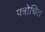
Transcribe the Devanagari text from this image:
पत्रोचित